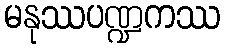
မနုဿပဏ္ဍကဿ